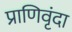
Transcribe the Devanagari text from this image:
प्राणिवृंदा